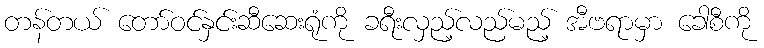
တန်တယ် တော်ဝင်နှင်းဆီဆေးရုံကို ခရီးလှည့်လည်မည့် အီဗရာမှာ ခေါစီကို